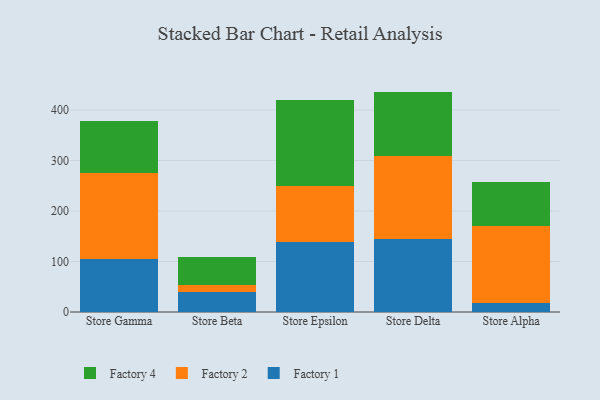
{"axis": {"x": "Store", "y": "Page Views"}, "legend": ["Factory 1", "Factory 2", "Factory 4"], "data": [{"x": "Store Gamma", "y": 104.2, "type": "Factory 1"}, {"x": "Store Gamma", "y": 171.3, "type": "Factory 2"}, {"x": "Store Gamma", "y": 101.9, "type": "Factory 4"}, {"x": "Store Beta", "y": 39.4, "type": "Factory 1"}, {"x": "Store Beta", "y": 13.5, "type": "Factory 2"}, {"x": "Store Beta", "y": 55.1, "type": "Factory 4"}, {"x": "Store Epsilon", "y": 138.0, "type": "Factory 1"}, {"x": "Store Epsilon", "y": 111.7, "type": "Factory 2"}, {"x": "Store Epsilon", "y": 169.7, "type": "Factory 4"}, {"x": "Store Delta", "y": 144.8, "type": "Factory 1"}, {"x": "Store Delta", "y": 163.6, "type": "Factory 2"}, {"x": "Store Delta", "y": 128.0, "type": "Factory 4"}, {"x": "Store Alpha", "y": 18.6, "type": "Factory 1"}, {"x": "Store Alpha", "y": 151.6, "type": "Factory 2"}, {"x": "Store Alpha", "y": 88.1, "type": "Factory 4"}]}